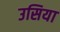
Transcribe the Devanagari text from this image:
उसिया